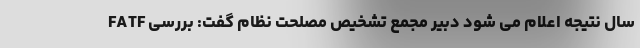
سال نتیجه اعلام می شود دبیر مجمع تشخیص مصلحت نظام گفت: بررسی FATF